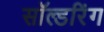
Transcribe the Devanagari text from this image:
सॉल्डरिंग